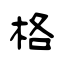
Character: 格